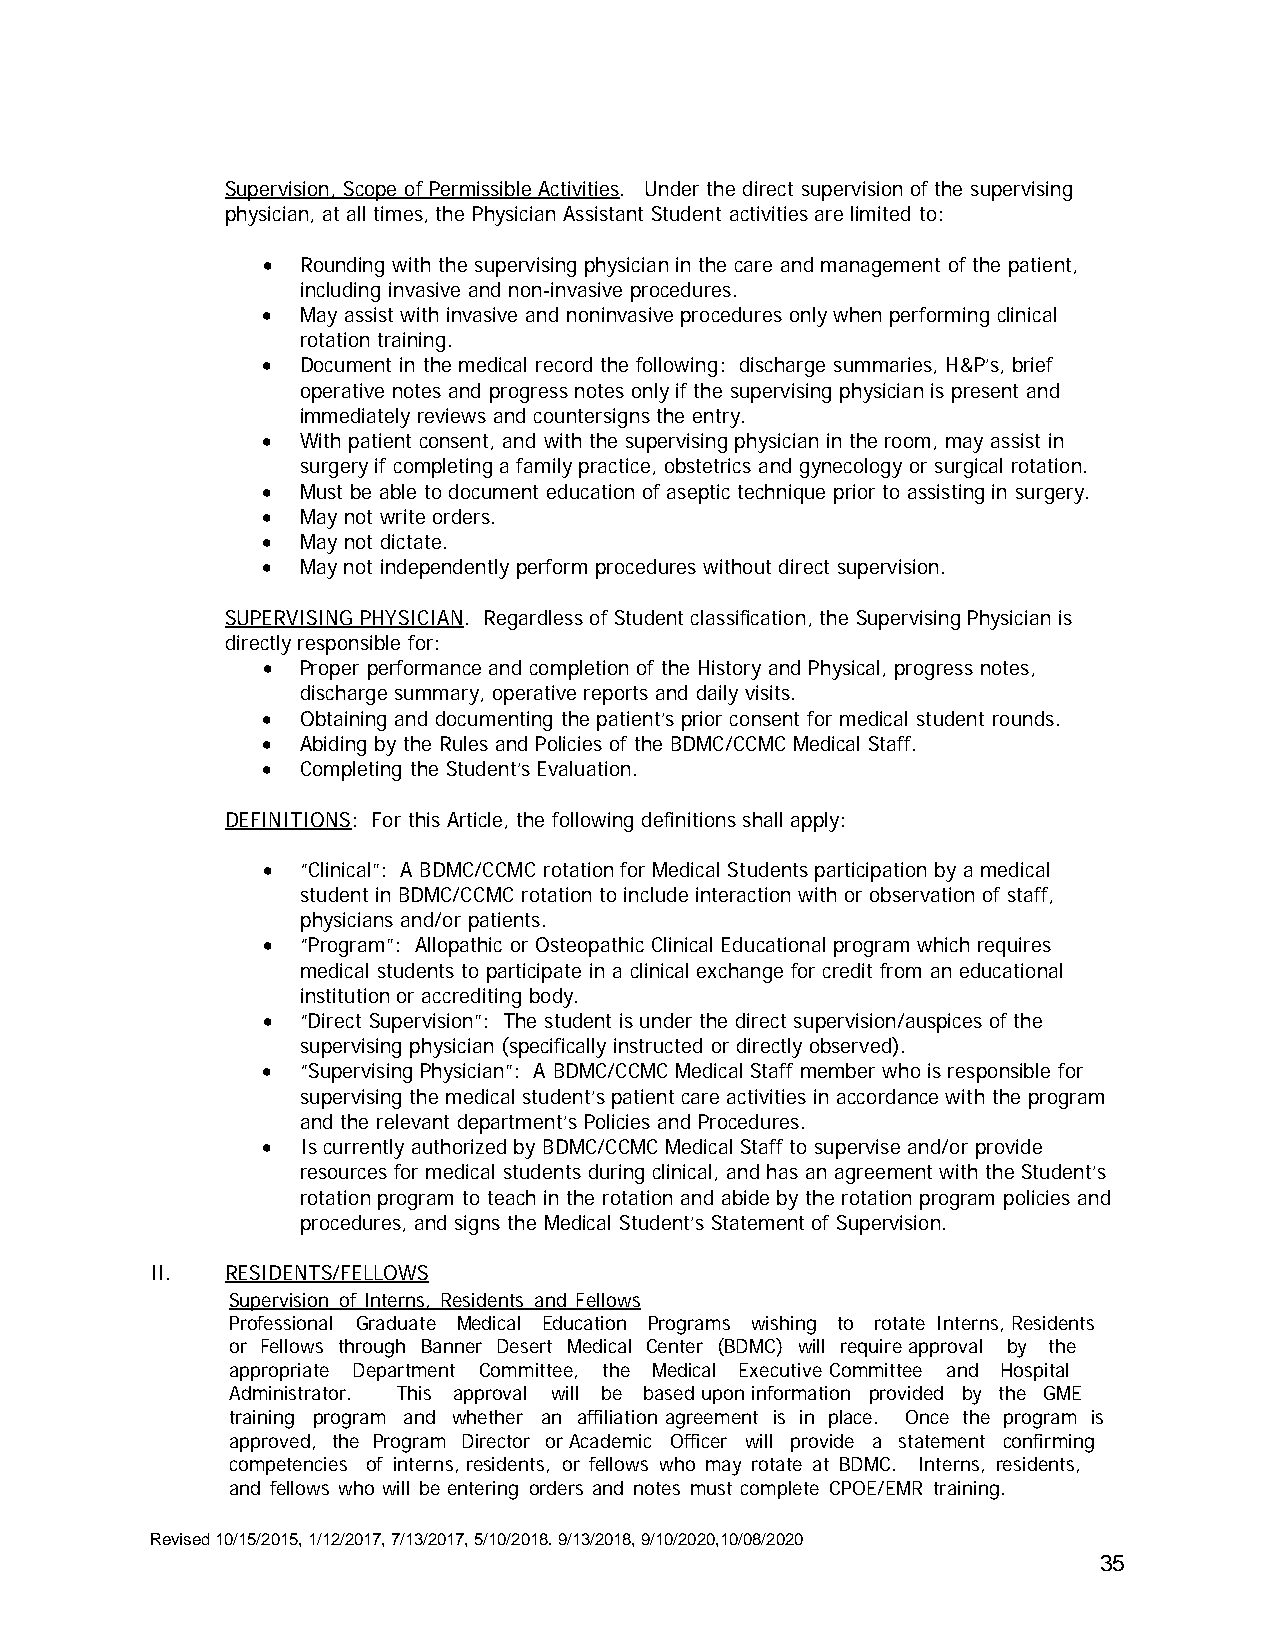
Supervision, Scope of Permissible Activities. Under the direct supervision of the supervising
 physician, at all times, the Physician Assistant Student activities are limited to:
 •  Rounding with the supervising physician in the care and management of the patient,
 including invasive and non-invasive procedures.
 •  May assist with invasive and noninvasive procedures only when performing clinical
 rotation training.
 •  Document in the medical record the following: discharge summaries, H&P’s, brief
 operative notes and progress notes only if the supervising physician is present and
 immediately reviews and countersigns the entry.
 •  With patient consent, and with the supervising physician in the room, may assist in
 surgery if completing a family practice, obstetrics and gynecology or surgical rotation.
 •  Must be able to document education of aseptic technique prior to assisting in surgery.
 •  May not write orders.
 •  May not dictate.
 •  May not independently perform procedures without direct supervision.
 SUPERVISING PHYSICIAN. Regardless of Student classification, the Supervising Physician is
 directly responsible for:
 •  Proper performance and completion of the History and Physical, progress notes,
 discharge summary, operative reports and daily visits.
 •  Obtaining and documenting the patient’s prior consent for medical student rounds.
 •  Abiding by the Rules and Policies of the BDMC/CCMC Medical Staff.
 •  Completing the Student’s Evaluation.
 DEFINITIONS: For this Article, the following definitions shall apply:
 •  “Clinical”: A BDMC/CCMC rotation for Medical Students participation by a medical
 student in BDMC/CCMC rotation to include interaction with or observation of staff,
 physicians and/or patients.
 •  “Program”: Allopathic or Osteopathic Clinical Educational program which requires
 medical students to participate in a clinical exchange for credit from an educational
 institution or accrediting body.
 •  “Direct Supervision”: The student is under the direct supervision/auspices of the
 supervising physician (specifically instructed or directly observed).
 •  “Supervising Physician”: A BDMC/CCMC Medical Staff member who is responsible for
 supervising the medical student’s patient care activities in accordance with the program
 and the relevant department’s Policies and Procedures.
 •  Is currently authorized by BDMC/CCMC Medical Staff to supervise and/or provide
 resources for medical students during clinical, and has an agreement with the Student’s
 rotation program to teach in the rotation and abide by the rotation program policies and
 procedures, and signs the Medical Student’s Statement of Supervision.
 II.  RESIDENTS/FELLOWS
 Supervision of Interns, Residents and Fellows
 Professional Graduate Medical Education Programs wishing to rotate Interns, Residents
 or Fellows through Banner Desert Medical Center (BDMC) will require approval by the
 appropriate Department Committee, the Medical Executive Committee and Hospital
 Administrator. This approval will be based upon information provided by the GME
 training program and whether an affiliation agreement is in place. Once the program is
 approved, the Program Director or Academic Officer will provide a statement confirming
 competencies of interns, residents, or fellows who may rotate at BDMC. Interns, residents,
 and fellows who will be entering orders and notes must complete CPOE/EMR training.
 Revised 10/15/2015, 1/12/2017, 7/13/2017, 5/10/2018. 9/13/2018, 9/10/2020,10/08/2020
 35